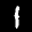
Label: 1